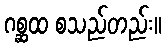
ဂစ္ဆထ စသည်တည်း။